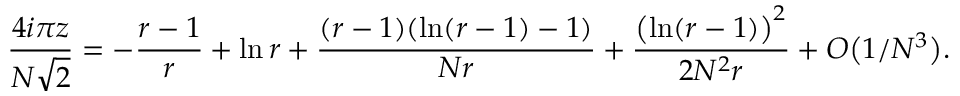
{ \frac { 4 i \pi z } { N \sqrt { 2 } } } = - { \frac { r - 1 } { r } } + \ln r + { \frac { ( r - 1 ) ( \ln ( r - 1 ) - 1 ) } { N r } } + { \frac { \bigl ( \ln ( r - 1 ) \bigr ) ^ { 2 } } { 2 N ^ { 2 } r } } + { \cal O } \bigl ( 1 / N ^ { 3 } \bigr ) .